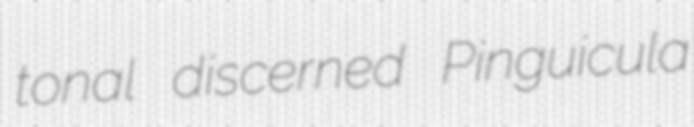
tonal discerned Pinguicula